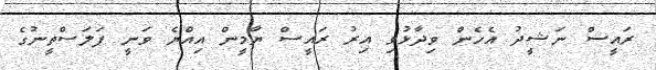
ރައީސް ނަޝީދު އެހެން ވިދާޅުވި އިރު ރައީސް ޔާމީން އިއްޔެ ވަނީ ފަލަސްތީނުގެ